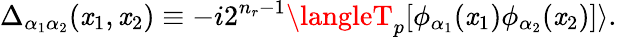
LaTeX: \Delta_{\alpha_{1}\alpha_{2}}(\mathit{x}_{1},\mathit{x}_{2})\equiv-i2^{n_{r}-1}\langleT_{p}[\phi_{\alpha_{1}}(\mathit{x}_{1})\phi_{\alpha_{2}}(\mathit{x}_{2})]\rangle.